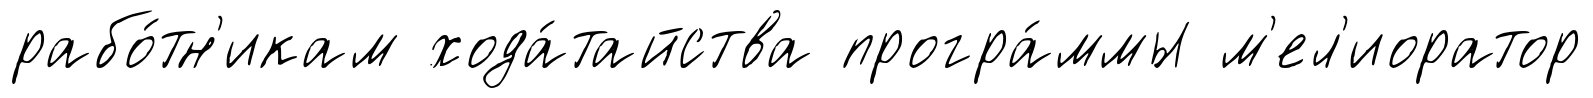
рабо́тн'икам хода́тайства програ́ммы м'ел'иоратор